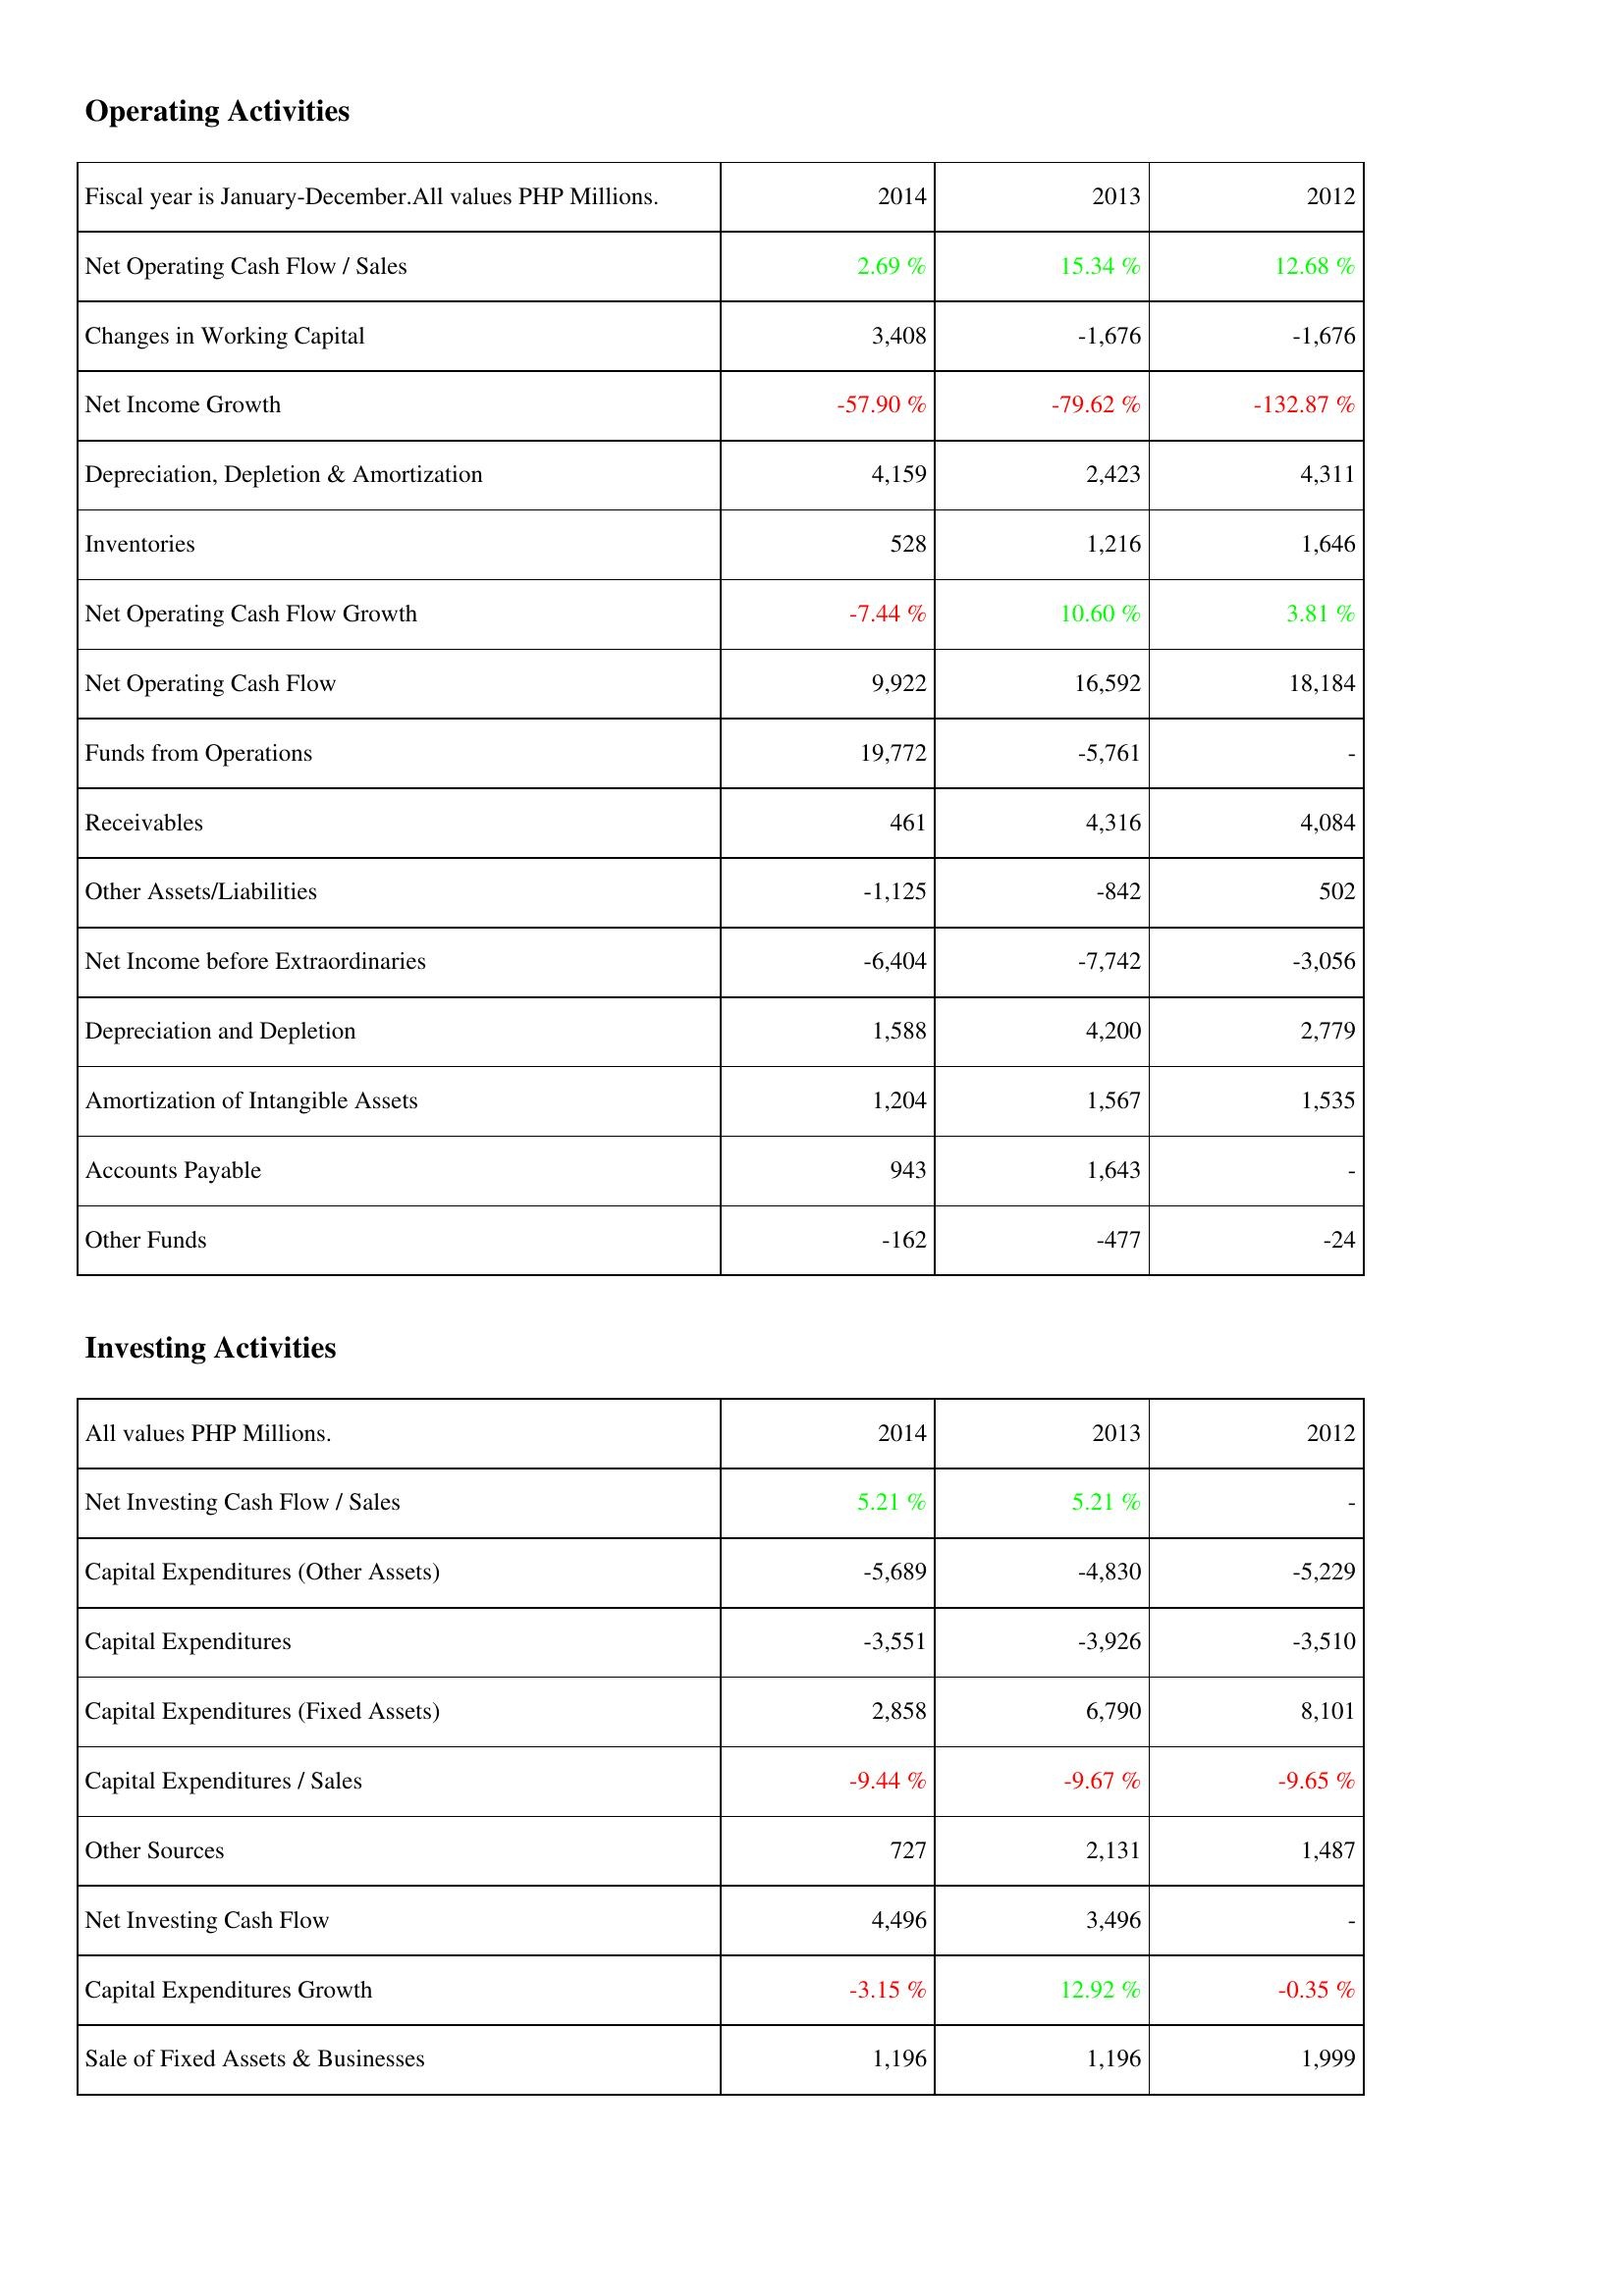
2014: Operating Activities: Net Operating Cash Flow / Sales: 2.69 %
Changes in Working Capital: 3,408
Net Income Growth: -57.90 %
Depreciation, Depletion & Amortization: 4,159
Inventories: 528
Net Operating Cash Flow Growth: -7.44 %
Net Operating Cash Flow: 9,922
Funds from Operations: 19,772
Receivables: 461
Other Assets/Liabilities: -1,125
Net Income before Extraordinaries: -6,404
Depreciation and Depletion: 1,588
Amortization of Intangible Assets: 1,204
Accounts Payable: 943
Other Funds: -162
Investing Activities: Net Investing Cash Flow / Sales: 5.21 %
Capital Expenditures (Other Assets): -5,689
Capital Expenditures: -3,551
Capital Expenditures (Fixed Assets): 2,858
Capital Expenditures / Sales: -9.44 %
Other Sources: 727
Net Investing Cash Flow: 4,496
Capital Expenditures Growth: -3.15 %
Sale of Fixed Assets & Businesses: 1,196
2013: Operating Activities: Net Operating Cash Flow / Sales: 15.34 %
Changes in Working Capital: -1,676
Net Income Growth: -79.62 %
Depreciation, Depletion & Amortization: 2,423
Inventories: 1,216
Net Operating Cash Flow Growth: 10.60 %
Net Operating Cash Flow: 16,592
Funds from Operations: -5,761
Receivables: 4,316
Other Assets/Liabilities: -842
Net Income before Extraordinaries: -7,742
Depreciation and Depletion: 4,200
Amortization of Intangible Assets: 1,567
Accounts Payable: 1,643
Other Funds: -477
Investing Activities: Net Investing Cash Flow / Sales: 5.21 %
Capital Expenditures (Other Assets): -4,830
Capital Expenditures: -3,926
Capital Expenditures (Fixed Assets): 6,790
Capital Expenditures / Sales: -9.67 %
Other Sources: 2,131
Net Investing Cash Flow: 3,496
Capital Expenditures Growth: 12.92 %
Sale of Fixed Assets & Businesses: 1,196
2012: Operating Activities: Net Operating Cash Flow / Sales: 12.68 %
Changes in Working Capital: -1,676
Net Income Growth: -132.87 %
Depreciation, Depletion & Amortization: 4,311
Inventories: 1,646
Net Operating Cash Flow Growth: 3.81 %
Net Operating Cash Flow: 18,184
Funds from Operations: -
Receivables: 4,084
Other Assets/Liabilities: 502
Net Income before Extraordinaries: -3,056
Depreciation and Depletion: 2,779
Amortization of Intangible Assets: 1,535
Accounts Payable: -
Other Funds: -24
Investing Activities: Net Investing Cash Flow / Sales: -
Capital Expenditures (Other Assets): -5,229
Capital Expenditures: -3,510
Capital Expenditures (Fixed Assets): 8,101
Capital Expenditures / Sales: -9.65 %
Other Sources: 1,487
Net Investing Cash Flow: -
Capital Expenditures Growth: -0.35 %
Sale of Fixed Assets & Businesses: 1,999